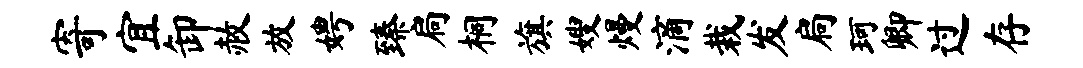
寄宜卸赦放娉臻扃桐旗嫂熳滴栽发扃珂卿过存